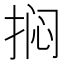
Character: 𫼽